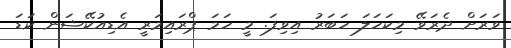
ވަރަށް ދެރަވޭ މިކަހަލަ ހަބަރު އިވިފަ. މީ ހަމަ ޕްރައިމަރީ އެޑިއުކޭޝަން ކަޑަ